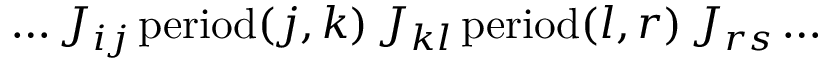
\dots J _ { i j } \, \mathrm { p e r i o d } ( j , k ) \, J _ { k l } \, \mathrm { p e r i o d } ( l , r ) \, J _ { r s } \dots